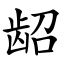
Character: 龆